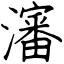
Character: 瀋